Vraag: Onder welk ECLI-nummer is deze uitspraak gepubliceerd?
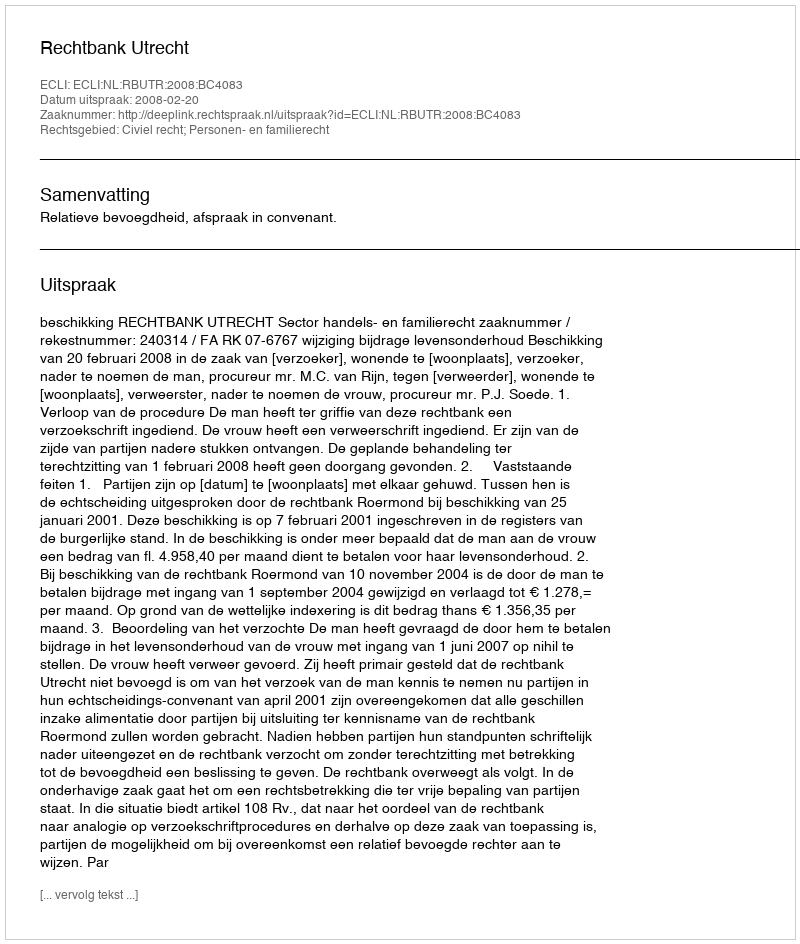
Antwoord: ECLI:NL:RBUTR:2008:BC4083